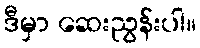
ဒီမှာ ဆေးညွန်းပါ။